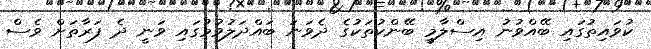
ކުވައިތުގައި ބޭއްވުނު އިސްލާމީ ބޭންކުތަކުގެ ދެވަނަ ބައްދަލުވުމުގައި ވަނީ ދެ ފަރާތަށް ވެސް